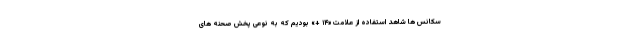
سکانس ها شاهد استفاده از علامت «۱۴ +» بودیم که به نوعی پخش صحنه های